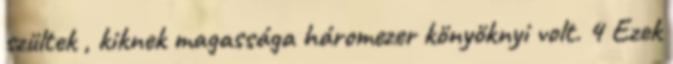
szültek , kiknek magassága háromezer könyöknyi volt. 4 Ezek